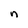
Character: n